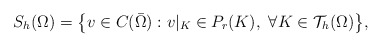
\begin{align*}S_h(\Omega) = \big\{ v \in C(\bar{\Omega}): v|_K \in P_r(K),\ \forall K\in \mathcal{T}_h(\Omega) \big\},\end{align*}